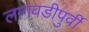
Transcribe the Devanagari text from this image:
लागवडीपुर्वी